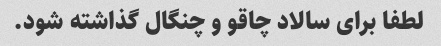
لطفا برای سالاد چاقو و چنگال گذاشته شود.